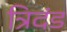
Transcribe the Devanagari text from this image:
त्रिदंड